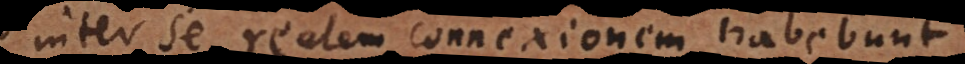
inter se realem connexionem habebunt.